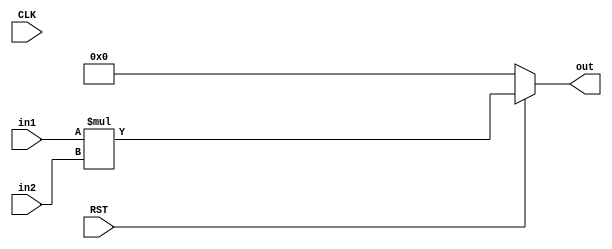
`timescale 1ns / 1ps
`define X_trc (WIO>=2)? (WIO-2+frcL) : frcL
//////////////////////////////////////////////////////////////////////////////////
// Company: 
// Engineer: 
// 
// Design Name: 
// Module Name:    mult_unsigned 
// Project Name: 
// Target Devices: 
// Tool versions: 
// Description: 
//
// Dependencies: 
//
// Revision: 
// Revision 0.01 - File Created
// Additional Comments: 
// 
//////////////////////////////////////////////////////////////////////////////////
module mult_unsigned
		   # (parameter WI1 = 1, 		//length of the integer part, operand 1
							 WF1 = 23, 		//length of the fraction part, operand 1
							 WI2 = 1, 		//length of the integer part, operand 2
							 WF2 = 23,		//length of the fraction part, operand 2
							 WIO = 2, 		//default length for the integer part of the required output
							 WFO = 46) 		//default length of the fraction part of the required output
	(input CLK, RST, input [WI1+WF1-1 : 0] in1, input [WI2+WF2-1 : 0] in2, output reg [WIO+WFO-1 : 0] out);
	
localparam intL = WI1+WI2;				//integer length of correct results
localparam frcL = WF1+WF2;				//fraction length of correct results
		
wire [intL+frcL-1 : 0] tmp;			//The output with correct number of bits
reg [WIO-1 : 0] outI;					//The integer part of the output
reg [WFO-1 : 0] outF;

	assign tmp = in1 * in2;
//--------------------adjusting the bitwidth for the fractional part----------------------------------------------------------
always  @ * begin
	if (WFO >= frcL)						//append 0s to the lsb bits
			outF = {tmp[frcL-1:0] , {(WFO-frcL){1'b0}}};
	else										//WFO<(WF1+WF2): Truncate bits from the LSB bits
			outF = tmp[frcL-1 : frcL-WFO];
end
//--------------------adjusting the bitwidth for the integer part-------------------------------------------------------------
always @* begin
	if (WIO>=intL)							//sign extend the integer part
			outI = {{(WIO-intL){1'b0}}, tmp[intL+frcL-1:frcL]};
	else begin								//WIO<(WI1+WI2)
			if(WIO==1)
				outI = tmp[frcL];       //truncate bits from the MSB part but keep the least bit of Integer part
			else
		      outI = {tmp[intL+frcL-1], tmp[`X_trc:frcL]};
	end
end
//--------------------registering the output----------------------------------------------------------------------------------
always @ * begin
	if (!RST) out <= 0;					// negative reset
	else out <= {outI,outF};
end

endmodule